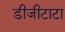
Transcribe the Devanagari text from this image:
डीजीटाटा